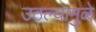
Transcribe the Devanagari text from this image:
उठल्यामुळे